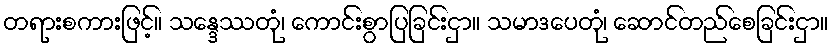
တရားစကားဖြင့်။ သန္ဒေဿတုံ၊ ကောင်းစွာပြခြင်းငှာ။ သမာဒပေတုံ၊ ဆောင်တည်စေခြင်းငှာ။